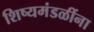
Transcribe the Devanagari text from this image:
शिष्यमंडळींना